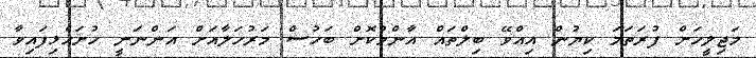
މަޖިލީހަށް ފުރަތަމަ ކިޔުން އިއްވޭ ބިލްތައް އާންމުކޮށް ބަހުސް މަރުހަލާއަށް އަންނަނީ ހުށަހެޅިފައިވާ